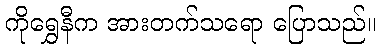
ကိုရွှေနီက အားတက်သရော ပြောသည်။